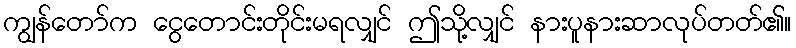
ကျွန်တော်က ငွေတောင်းတိုင်းမရလျှင် ဤသို့လျှင် နားပူနားဆာလုပ်တတ်၏။